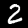
Label: 2